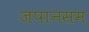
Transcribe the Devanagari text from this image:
जपानसम